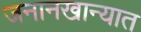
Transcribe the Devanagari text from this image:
जनानखान्यात